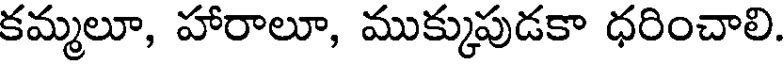
కమ్మలూ, హారాలూ, ముక్కుపుడకా ధరించాలి.